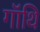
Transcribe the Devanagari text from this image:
गॉथि